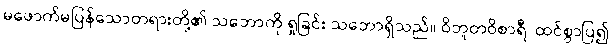
မဖောက်မပြန်သောတရားတို့၏ သဘောကို ရှုခြင်း သဘောရှိသည်။ ဝိဘူတဝိစာရီ၊ ထင်စွာပြ၍